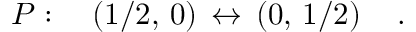
{ \cal P } : \quad \left( { 1 / 2 } , \, 0 \right) \, \leftrightarrow \, \left( 0 , \, { 1 / 2 } \right) \quad .